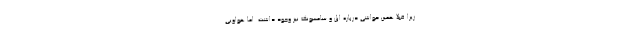
زیرا قبلا همین حواشی درباره اپل و سامسونگ نیز وجود داشت. اما هواویی